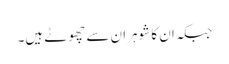
جبکہ ان کا شوہران سے چھوٹے ہیں۔